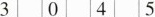
3045